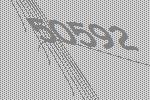
50592